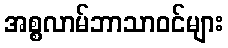
အစ္စလာမ်ဘာသာဝင်များ